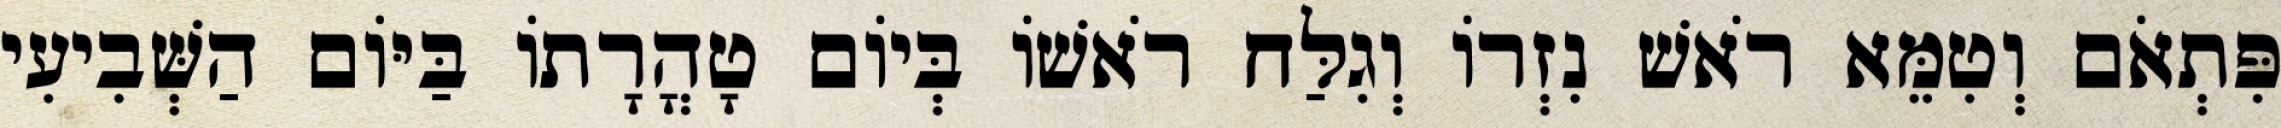
פִּתְאֹם וְטִמֵּא רֹאשׁ נִזְרוֹ וְגִלַּח רֹאשׁוֹ בְּיוֹם טָהֳרָתוֹ בַּיּוֹם הַשְּׁבִיעִי